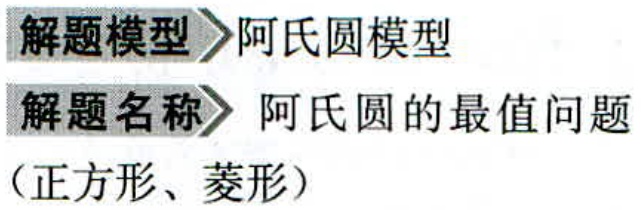
\begin{description}

\item[解题模型] 阿氏圆模型

\item[解题名称] 阿氏圆的最值问题（正方形、菱形）

\end{description}